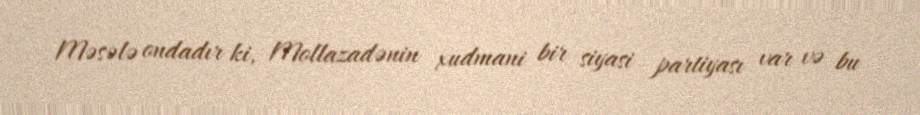
Məsələ ondadır ki, Mollazadənin xudmani bir siyasi partiyası var və bu